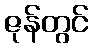
ဇုန်တွင်